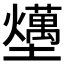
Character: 𡓧